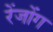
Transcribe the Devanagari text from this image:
रेंजोंग